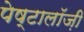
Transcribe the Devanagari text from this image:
पेष्टालॉज़ी